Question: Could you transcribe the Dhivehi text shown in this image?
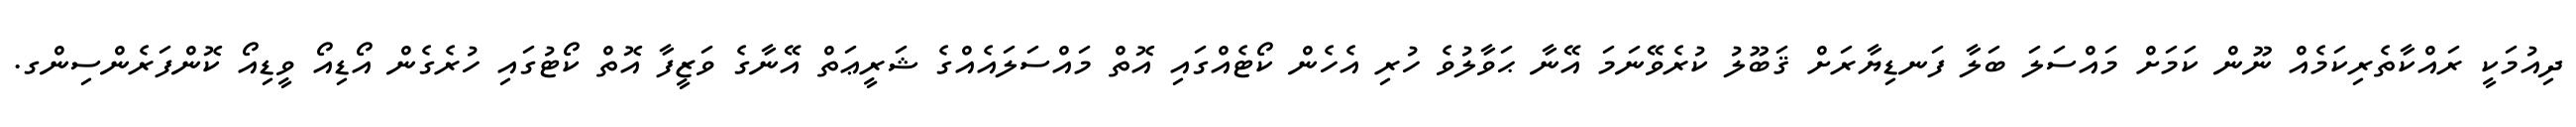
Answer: ދިއުމަކީ ރައްކާތެރިކަމެއް ނޫން ކަމަށް މައްސަލަ ބަލާ ފަނޑިޔާރަށް ޤަބޫލު ކުރެވޭނަމަ އޭނާ ޙަވާލުވެ ހުރި އެހެން ކޯޓެއްގައި އޮތް މައްސަލައެއްގެ ޝަރީޢަތް އޭނާގެ ވަޒީފާ އޮތް ކޯޓުގައި ހުރެގެން އޯޑިއޯ ވީޑިއޯ ކޮންފަރެންސިންގ.